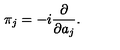
\pi _ { j } = - i { \frac { \partial } { \partial a _ { j } } } .